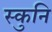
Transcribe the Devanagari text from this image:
स्कुनि